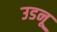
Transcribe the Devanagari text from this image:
उडनू